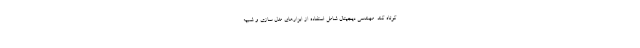
کوتاه کند. مهندسی دیجیتال شامل استفاده از ابزارهای مدل سازی و شبیه